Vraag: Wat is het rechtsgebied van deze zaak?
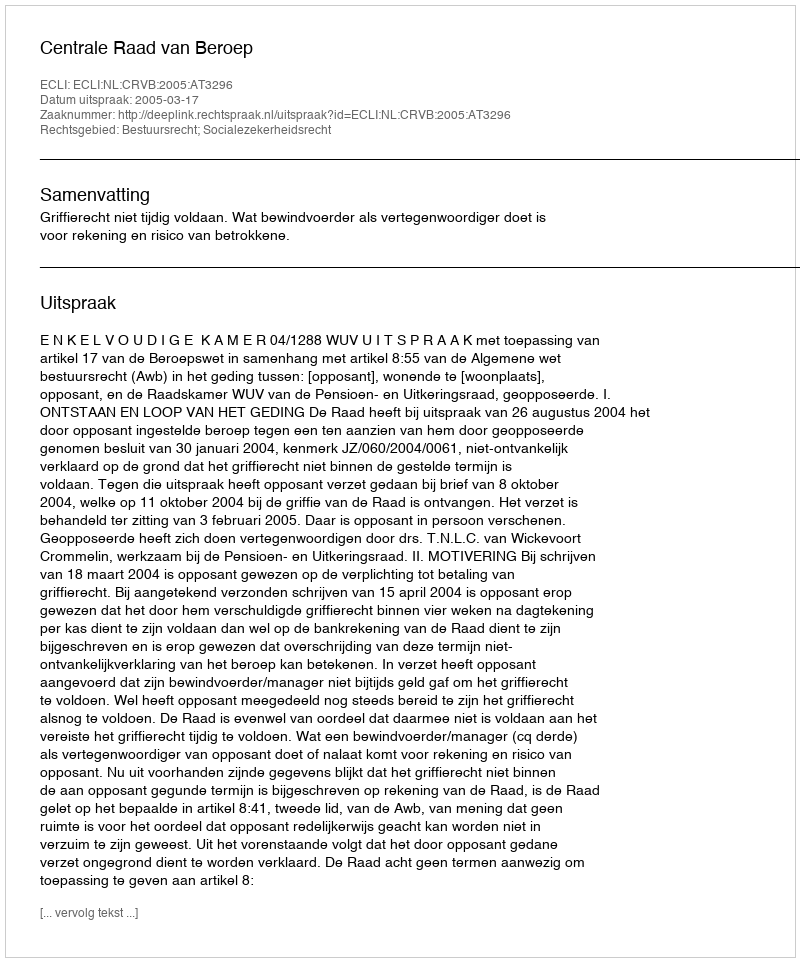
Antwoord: Bestuursrecht; Socialezekerheidsrecht